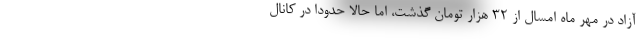
آزاد در مهر ماه امسال از ۳۲ هزار تومان گذشت، اما حالا حدودا در کانال